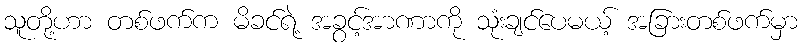
သူတို့ဟာ တစ်ဖက်က မိခင်ရဲ့ အခွင့်အာဏာကို သုံးချင်ပေမယ့် အခြားတစ်ဖက်မှာ